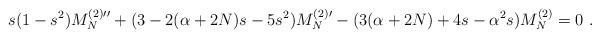
LaTeX: \begin{align*}s(1-s^{2})M_N^{(2)\prime\prime}+(3-2(\alpha+2N)s-5s^{2})M_N^{(2)\prime}-(3(\alpha+2N)+4s-\alpha^{2}s)M_N^{(2)} = 0\ . \end{align*}